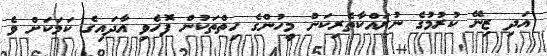
އަދި ޒިނޭ ކުރުމުގެ ނުރައްކާތެރިކަން މީހުންގެ ހިތްތަކުން ފޮހެވި އާދައިގެ ކަމަކަށް ވެ